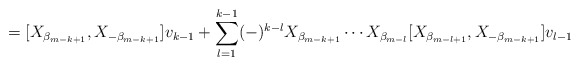
\begin{align*} = [ X_{ \beta _{m-k+1} } , X_{- \beta _{m-k+1} } ] v_{k-1} + \sum_{l=1}^{k-1} (-)^{k-l} X_{ \beta _{m-k+1} } \cdots X_{ \beta _{m-l} } [ X_{ \beta _{m-l+1} } , X_{- \beta _{m-k+1} } ] v_{l-1} \end{align*}